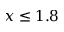
x \le 1 . 8